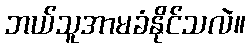
ဘယ်သူအာမခံနိုင်သလဲ။